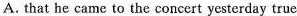
A. that he came to the concert yesterday true